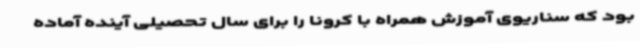
بود که سناریوی آموزش همراه با کرونا را برای سال تحصیلی آینده آماده